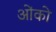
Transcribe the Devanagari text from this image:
ओंको